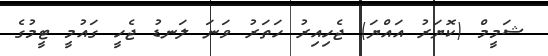
ޝަމީމް (ކޮޔަރު އައްޔަ) ޖެހިއިރު ހަތަރު ވަނަ ލަނޑު ޖެހީ ގައުމީ ޓީމުގެ